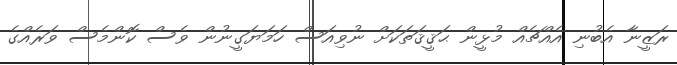
ރަޒީނާ އެބުނި އެއްޗެއް މުޅީން ޙަޤީޤަތަކަށް ނުވިއަސް ހަމަޔަގީނުން ވެސް ކޮންމެސް ވަރެއްގެ